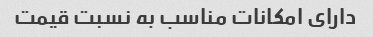
دارای امکانات مناسب به نسبت قیمت